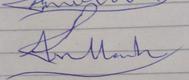
Signature authenticity: forged